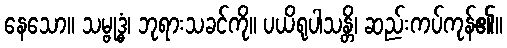
နေသော။ သမ္ဗုဒ္ဓံ၊ ဘုရားသခင်ကို။ ပယိရုပါသန္တိ၊ ဆည်းကပ်ကုန်၏။